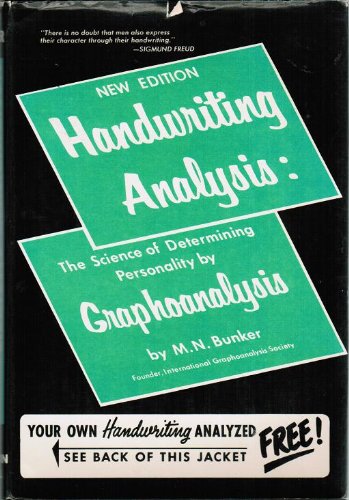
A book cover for Handwriting analysis: The science of determining personality by graphoanalysis; M. N Bunker; Self-Help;